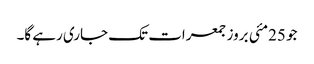
جو 25مئی بروز جمعرات تک جاری رہے گا۔